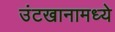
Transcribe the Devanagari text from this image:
उंटखानामध्ये